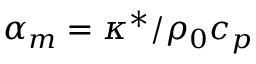
\alpha _ { m } = \kappa ^ { * } / \rho _ { 0 } c _ { p }